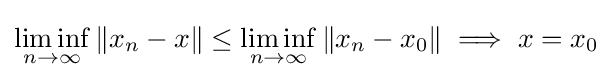
\liminf _{n\to \infty }\|x_{n}-x\|\leq \liminf _{n\to \infty }\|x_{n}-x_{0}\|\implies x=x_{0}